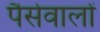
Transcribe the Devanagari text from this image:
पैसेवालों